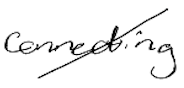
Text: connecting
Cross-out: diagonal
Writing tool: digital_black